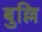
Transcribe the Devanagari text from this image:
बुल्लि